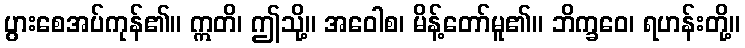
ပွားစေအပ်ကုန်၏။ ဣတိ၊ ဤသို့။ အဝေါစ၊ မိန့်တော်မူ၏။ ဘိက္ခဝေ၊ ရဟန်းတို့။